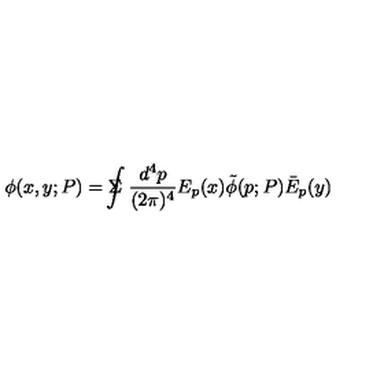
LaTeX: \phi ( x , y ; P ) = \Sigma \! \! \! \! \! \! \int \frac { d ^ { 4 } p } { ( 2 \pi ) ^ { 4 } } E _ { p } ( x ) \tilde { \phi } ( p ; P ) \bar { E } _ { p } ( y )